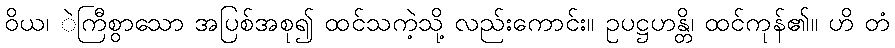
ဝိယ၊ ဲကြီစွာသော အပြစ်အစု၍ ထင်သကဲ့သို့ လည်းကောင်း။ ဥပဋ္ဌဟန္တိ၊ ထင်ကုန်၏။ ဟိ တံ